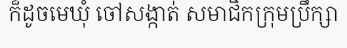
ក៏ដូចមេឃុំ ចៅសង្កាត់ សមាជិកក្រុមប្រឹក្សា